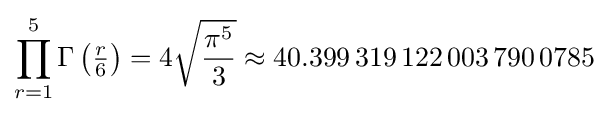
\prod _{r=1}^{5}\Gamma \left({\tfrac {r}{6}}\right)=4{\sqrt {\frac {\pi ^{5}}{3}}}\approx 40.399\,319\,122\,003\,790\,0785